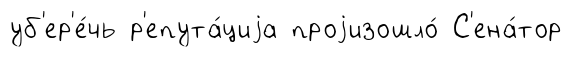
уб'ер'е́чь р'епута́циjа проjизошло́ С'ена́тор